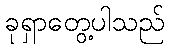
ခုရှာတွေ့ပါသည်